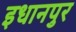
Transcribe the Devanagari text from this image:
इधानपुर